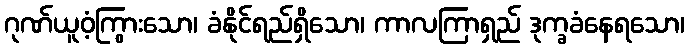
ဂုဏ်ယူဝံ့ကြွားသော၊ ခံနိုင်ရည်ရှိသော၊ ကာလကြာရှည် ဒုက္ခခံနေရသော၊